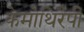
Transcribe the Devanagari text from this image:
केमोथिरैपी